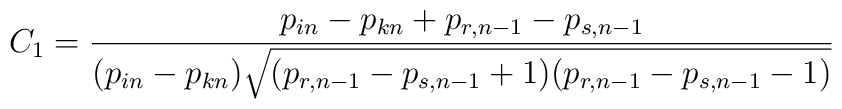
C_1=\frac{p_{in}-p_{kn}+p_{r, n-1}-p_{s, n-1}}{ (p_{in}-p_{kn})\sqrt{ (p_{r, n-1}-p_{s, n-1}+1) (p_{r, n-1}-p_{s, n-1}-1)}}